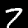
Label: 7